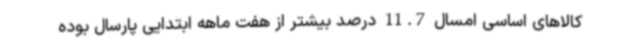
کالاهای اساسی امسال 11.7 درصد بیشتر از هفت ماهه ابتدایی پارسال بوده